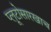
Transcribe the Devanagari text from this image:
प्लूटोसारखाच